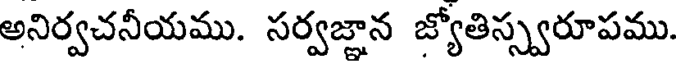
అనిర్వచనీయము. సర్వజ్ఞాన జ్యోతిస్స్వరూపము.